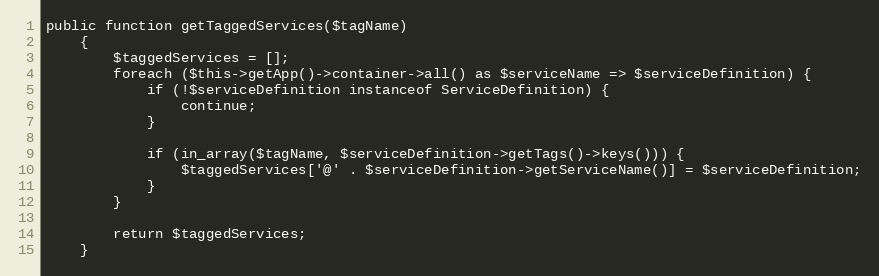
Language: PHP
public function getTaggedServices($tagName)
    {
        $taggedServices = [];
        foreach ($this->getApp()->container->all() as $serviceName => $serviceDefinition) {
            if (!$serviceDefinition instanceof ServiceDefinition) {
                continue;
            }

            if (in_array($tagName, $serviceDefinition->getTags()->keys())) {
                $taggedServices['@' . $serviceDefinition->getServiceName()] = $serviceDefinition;
            }
        }

        return $taggedServices;
    }